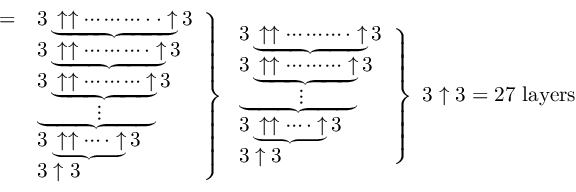
\left. { \begin{array} { l l } { = } & { 3 \underbrace { \uparrow \uparrow \cdots \cdots \cdots \cdot \cdot \uparrow } 3 } \\ & { 3 \underbrace { \uparrow \uparrow \cdots \cdots \cdots \cdot \uparrow } 3 } \\ & { 3 \underbrace { \uparrow \uparrow \cdots \cdots \cdots \uparrow } 3 } \\ & { \underbrace { \qquad \; \; \vdots \qquad \; \; } } \\ & { 3 \underbrace { \uparrow \uparrow \cdots \cdot \uparrow } 3 } \\ & { 3 \uparrow 3 } \end{array} } \right\} \left. { \begin{array} { l } { 3 \underbrace { \uparrow \uparrow \cdots \cdots \cdots \cdot \uparrow } 3 } \\ { 3 \underbrace { \uparrow \uparrow \cdots \cdots \cdots \uparrow } 3 } \\ { \underbrace { \qquad \; \; \vdots \qquad \; \; } } \\ { 3 \underbrace { \uparrow \uparrow \cdots \cdot \uparrow } 3 } \\ { 3 \uparrow 3 } \end{array} } \right\} \ 3 \uparrow 3 = { \mathrm { 2 7 ~ l a y e r s } }